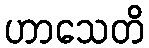
ဟာသေတိ